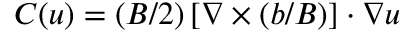
C ( u ) = ( B / 2 ) \left[ \boldsymbol { \nabla } \times ( \boldsymbol { b } / B ) \right] \cdot \boldsymbol { \nabla } u